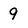
Character: 9